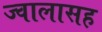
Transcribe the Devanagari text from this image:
ज्वालासह